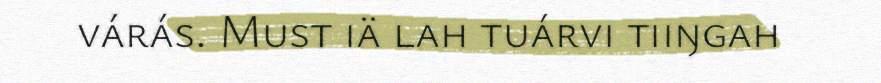
várás. Must iä lah tuárvi tiiŋgah